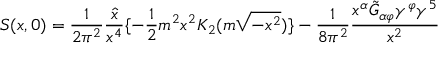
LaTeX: S ( x , 0 ) = { \frac { 1 } { 2 \pi ^ { 2 } } } { \frac { \hat { x } } { x ^ { 4 } } } \{ - { \frac { 1 } { 2 } } m ^ { 2 } x ^ { 2 } K _ { 2 } ( m \sqrt { - x ^ { 2 } } ) \} - { \frac { 1 } { 8 \pi ^ { 2 } } } { \frac { x ^ { \alpha } \tilde { G } _ { \alpha \varphi } \gamma ^ { \varphi } \gamma ^ { 5 } } { x ^ { 2 } } }